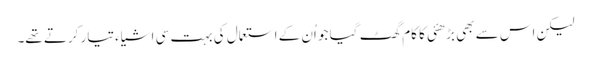
لیکن اس سے بھی بڑھئی کا کام گھٹ گیا جو اُن کے استعمال کی بہت سی اشیاء تیار کرتے تھے۔